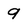
Character: 9